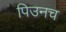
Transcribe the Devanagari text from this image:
पिउनच